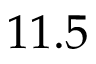
1 1 . 5